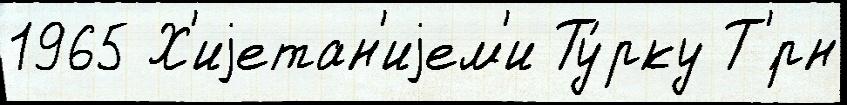
1965 Х'иjетан'иjем'и Ту́рку Т'́рн